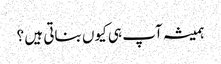
ہمیشہ آپ ہی کیوں بناتی ہیں ؟